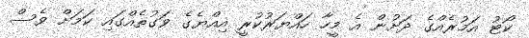
ކޯޓު އަމުރެއްގެ ދަށުން އެ މީހާ ހައްޔަރުކުރީ އިއްޔެގެ ވަގުތެއްގައި ކަމަށް ވެސް